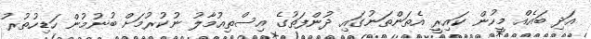
އަދި ބައެއް މީހުން ކައިރީ އެތަންތަނުގައި ދުންފަތުގެ އިސްތިއުމާލު ނުކުރުމަށް ބުނުމުން ހަޑިހުތުރު